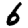
Digit: 6